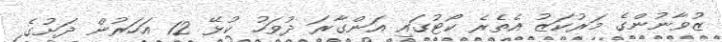
ޒުވާނުންގެ މަރުކަޒު އެތެރެ ކޯޓުގައި އަންގާރަ ދުވަހު ކުޅޭ 12 އަހަރުން ދަށުގެ